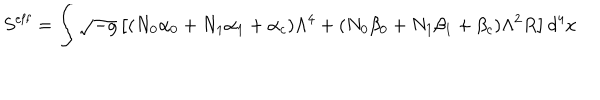
S ^ { \mathrm { e f f } } = \int \sqrt { - g } \left[ ( N _ { 0 } \alpha _ { 0 } + N _ { 1 } \alpha _ { 1 } + \alpha _ { c } ) \Lambda ^ { 4 } + ( N _ { 0 } \beta _ { 0 } + N _ { 1 } \beta _ { 1 } + \beta _ { c } ) \Lambda ^ { 2 } R \right] d ^ { 4 } x